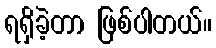
ရရှိခဲ့တာ ဖြစ်ပါတယ်။